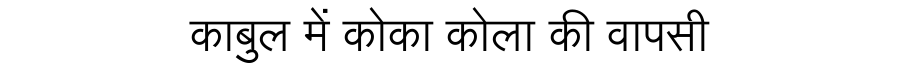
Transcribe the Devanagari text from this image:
काबुल में कोका कोला की वापसी